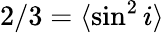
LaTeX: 2/3=\langle\sin^{2}i\rangle